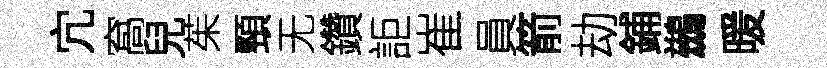
宂窩兒茱頸无鑽詎崔員箭劫鋪鷀暖